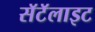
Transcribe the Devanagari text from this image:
सॅटॅलाइट